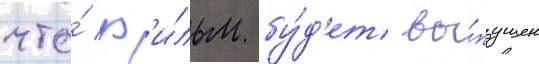
что́ ф'и́льм бу́д'ет вы́пущен